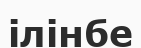
ілінбе